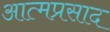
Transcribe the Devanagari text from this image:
आत्मप्रसाद